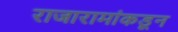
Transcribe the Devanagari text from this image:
राजारामांकडून